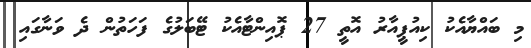
މި ބައްޔާއެކު ކިއުޕީއާރު އޮތީ 27 ޕޮއިންޓާއެކު ޓޭބަލުގެ ފަހަތުން ދެ ވަނާގައި